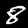
Label: 8